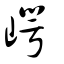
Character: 㠋